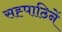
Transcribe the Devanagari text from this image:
सह्पाठिनें